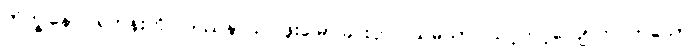
ဘိက္ခုနော၊ ရဟန်းကို။ ဒဿနာယ၊ ဖူးမြော်ခြင်းငှာ။ သမယာ၊ သင့်တင့်လျောက်ပတ်သော